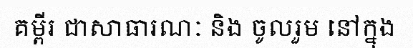
គម្ពីរ ជាសាធារណៈ និង ចូលរួម នៅក្នុង